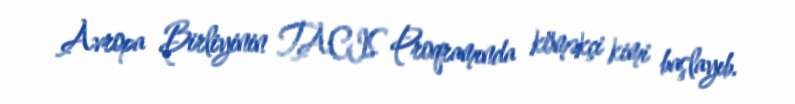
Avropa Birliyinin TACIS Proqramında köməkçi kimi başlayıb.